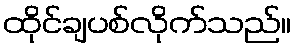
ထိုင်ချပစ်လိုက်သည်။